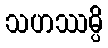
သဟဿမ္ပိ